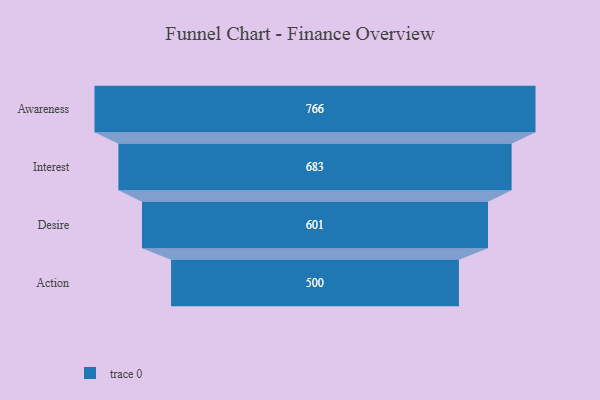
{"axis": {"x": "Stage", "y": "Value"}, "legend": [""], "data": [{"x": "Awareness", "y": 766.0, "type": ""}, {"x": "Interest", "y": 683.0, "type": ""}, {"x": "Desire", "y": 601.0, "type": ""}, {"x": "Action", "y": 500, "type": ""}]}